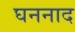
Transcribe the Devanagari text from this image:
घननाद